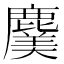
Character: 𮭸